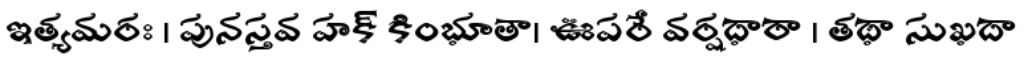
ఇత్యమరః । పునస్తవ హక్ కింభూతా। ఊపరే వర్షధారా । తథా సుఖదా